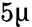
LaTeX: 5\upmu